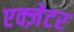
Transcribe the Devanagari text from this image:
एक्ज़ेटर